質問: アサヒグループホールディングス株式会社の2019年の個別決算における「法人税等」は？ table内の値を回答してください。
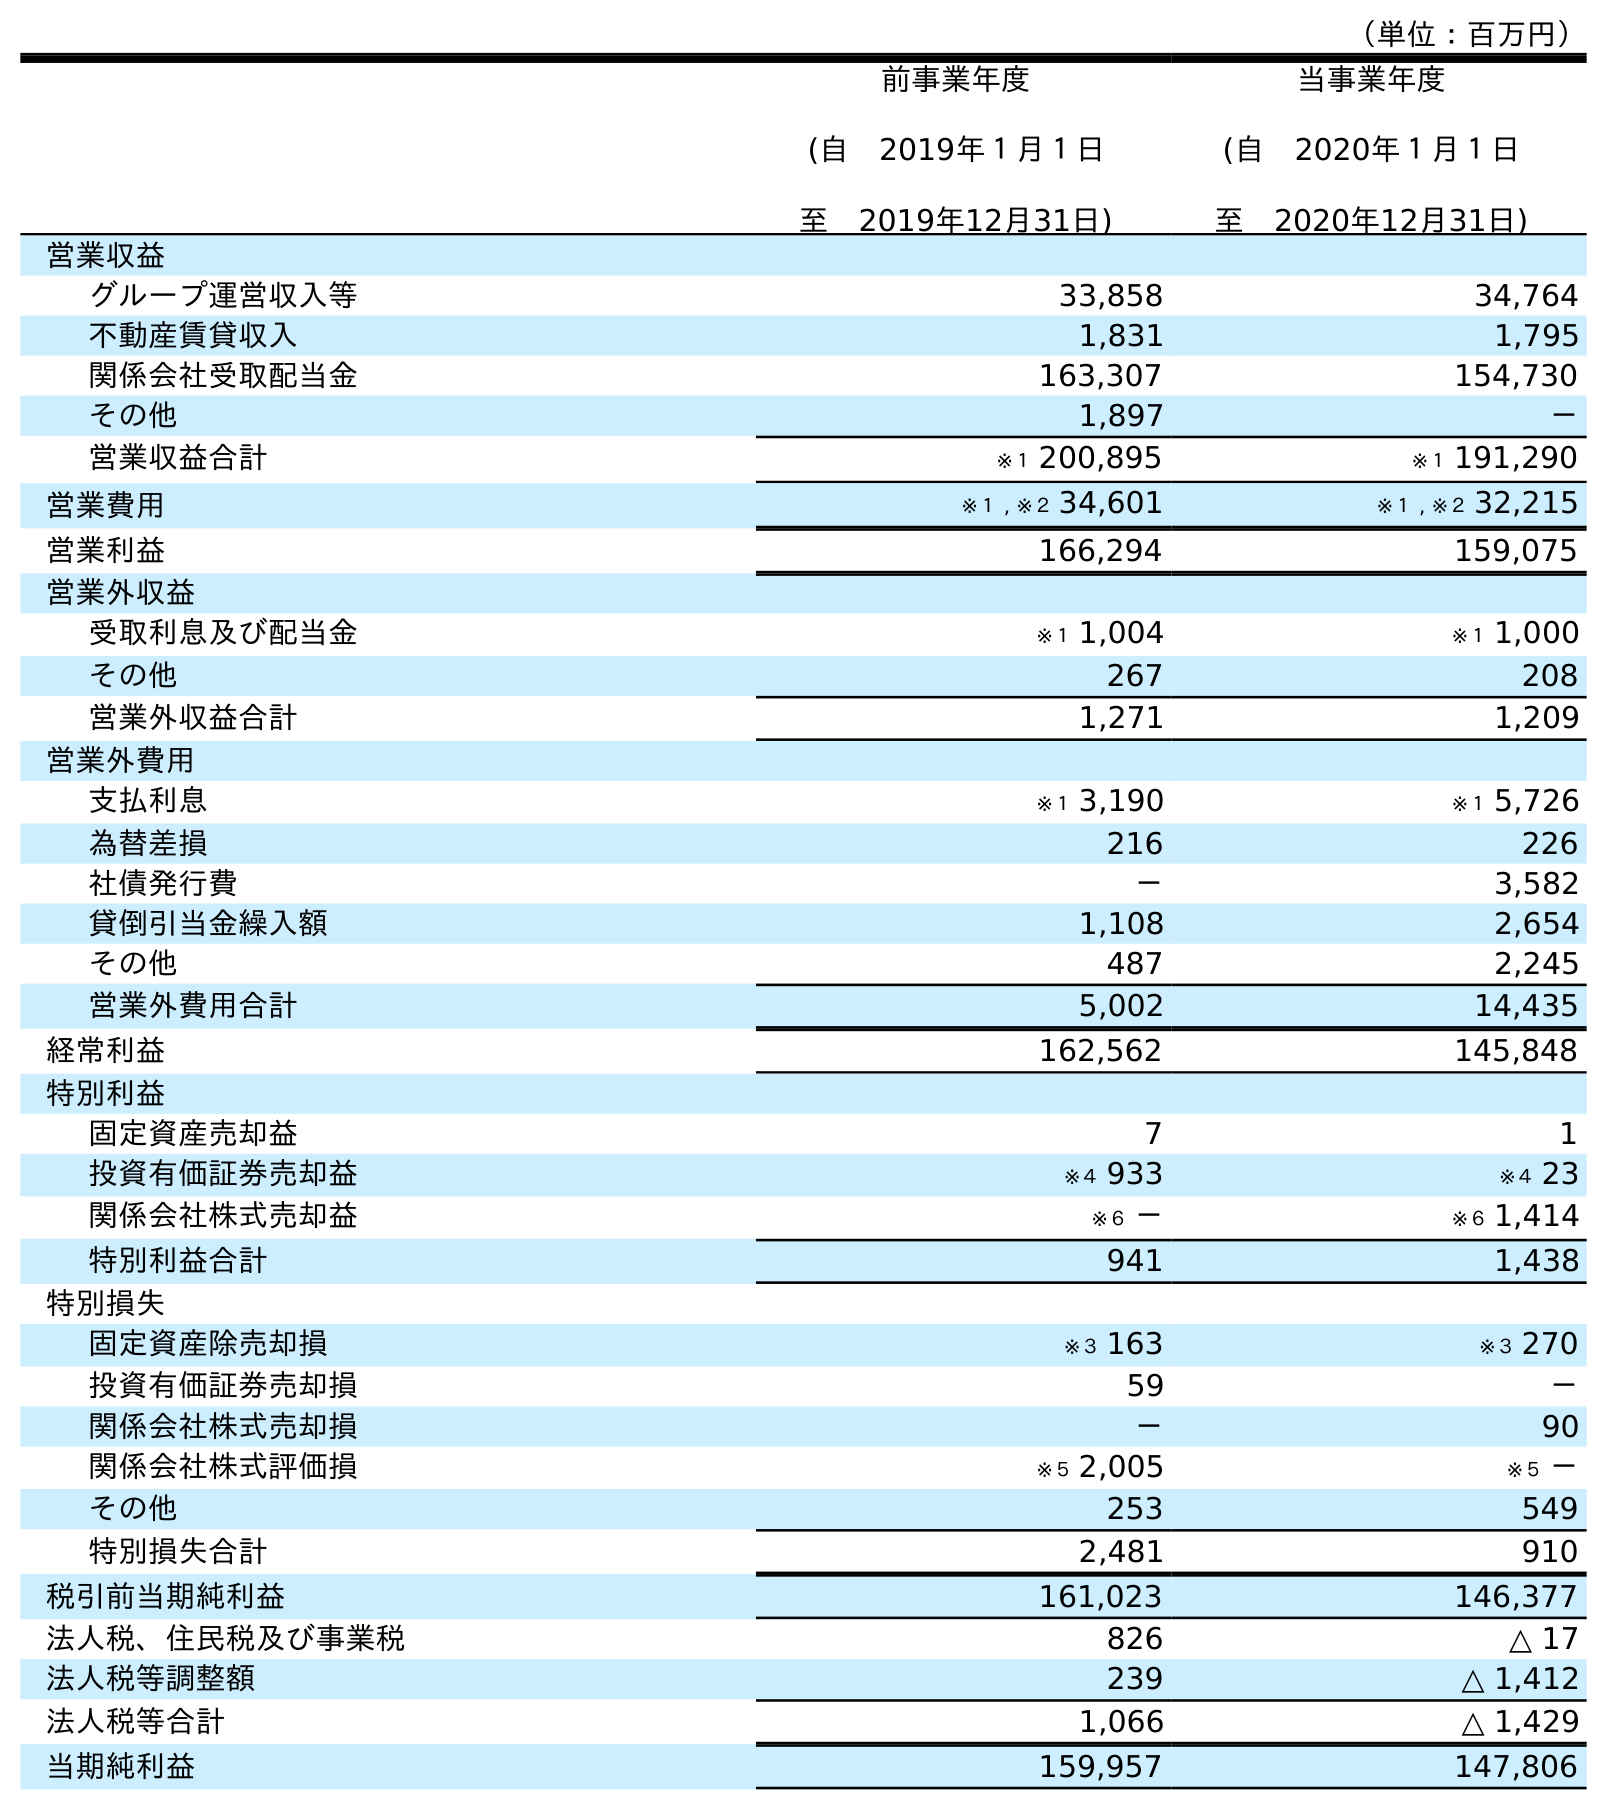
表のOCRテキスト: （単位：百万円） 前事業年度 (自 2019年１月１日 至 2019年12月31日) 当事業年度 (自 2020年１月１日 至 2020年12月31日) 営業収益 グループ運営収入等 33,858 34,764 不動産賃貸収入 1,831 1,795 関係会社受取配当金 163,307 154,730 その他 1,897 － 営業収益合計 ※１ 200,895 ※１ 191,290 営業費用 ※１ , ※２ 34,601 ※１ , ※２ 32,215 営業利益 166,294 159,075 営業外収益 受取利息及び配当金 ※１ 1,004 ※１ 1,000 その他 267 208 営業外収益合計 1,271 1,209 営業外費用 支払利息 ※１ 3,190 ※１ 5,726 為替差損 216 226 社債発行費 － 3,582 貸倒引当金繰入額 1,108 2,654 その他 487 2,245 営業外費用合計 5,002 14,435 経常利益 162,562 145,848 特別利益 固定資産売却益 7 1 投資有価証券売却益 ※４ 933 ※４ 23 関係会社株式売却益 ※６ － ※６ 1,414 特別利益合計 941 1,438 特別損失 固定資産除売却損 ※３ 163 ※３ 270 投資有価証券売却損 59 － 関係会社株式売却損 － 90 関係会社株式評価損 ※５ 2,005 ※５ － その他 253 549 特別損失合計 2,481 910 税引前当期純利益 161,023 146,377 法人税、住民税及び事業税 826 △ 17 法人税等調整額 239 △ 1,412 法人税等合計 1,066 △ 1,429 当期純利益 159,957 147,806
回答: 1,066